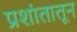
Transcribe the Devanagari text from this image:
प्रशांतातून